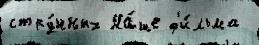
стру́нных На́ше ф'и́льма